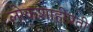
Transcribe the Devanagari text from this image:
लोकशाहीप्रती